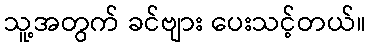
သူ့အတွက် ခင်ဗျား ပေးသင့်တယ်။